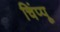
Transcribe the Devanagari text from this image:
चिंप्पू